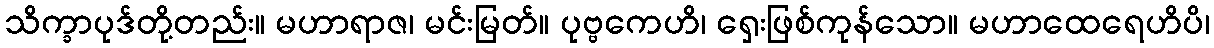
သိက္ခာပုဒ်တို့တည်း။ မဟာရာဇ၊ မင်းမြတ်။ ပုဗ္ဗကေဟိ၊ ရှေးဖြစ်ကုန်သော။ မဟာထေရေဟိပိ၊